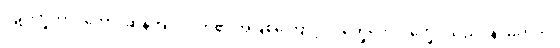
ပဋိပက္ခဘာဝတော၊ ဆန့်ကျင်ဘက်၏ အဖြစ်ကြောင့်။ ဝိက္ခေပေါ၊ ဝိက္ခေပသည်။ န၊ မဟုတ်။